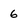
Character: 6